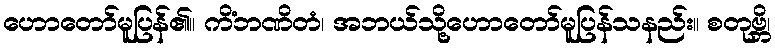
ဟောတော်မူပြန်၏။ ကိံဘဏိတံ၊ အဘယ်သို့ဟောတော်မူပြန်သနည်း။ စတုဗ္ဘိ၊